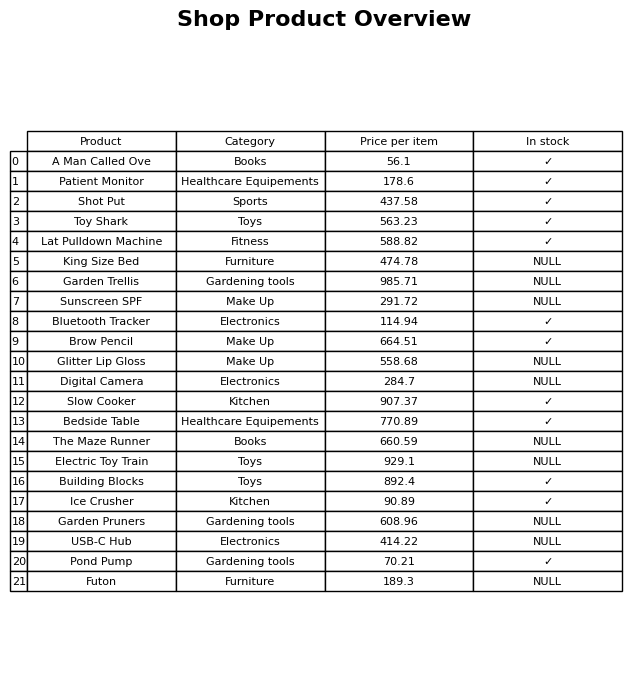
question: What is the price for Garden Trellis?
answer: The price of Garden Trellis is 985.71.